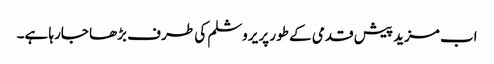
اب مزید پیش قدمی کے طور پر یروشلم کی طر ف بڑھا جارہا ہے۔